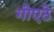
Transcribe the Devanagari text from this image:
गोएठे